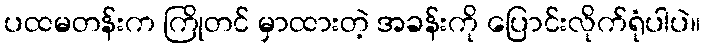
ပထမတန်းက ကြိုတင် မှာထားတဲ့ အခန်းကို ပြောင်းလိုက်ရုံပါပဲ။